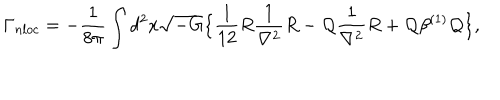
LaTeX: \Gamma _ { n l o c } = - { \frac { 1 } { 8 \pi } } \int d ^ { 2 } x \sqrt { - G } \big \{ { \frac { 1 } { 1 2 } } R { \frac { 1 } { \nabla ^ { 2 } } } R - { \cal Q } { \frac { 1 } { \nabla ^ { 2 } } } R + { \cal Q } \beta ^ { ( 1 ) } { \cal Q } \big \} ,